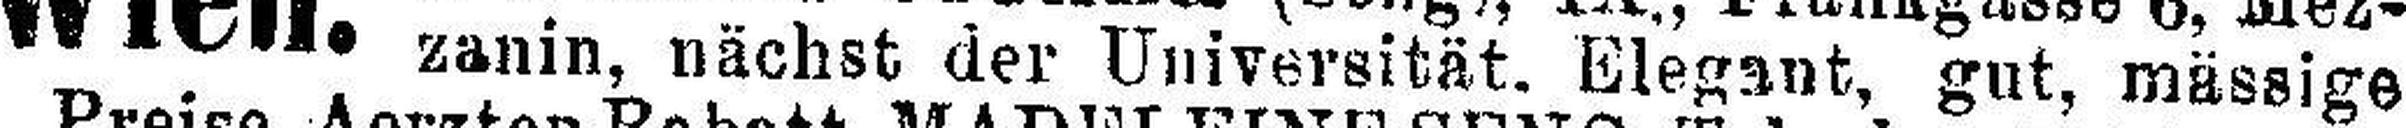
zanin, nächst der Universität. Elegant, gut, mässige